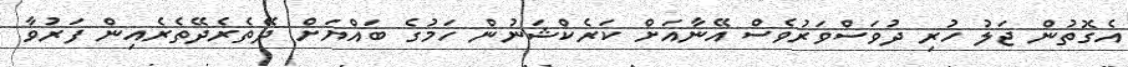
އެގޮތުން ޖަލު ހުރި ދުވަސްވަރުވެސް އޭނާއަށް ކަރެކްޝަނުން ހަމުގެ ބައްޔަށް ދޭތެރެދޭތެރެއިން ފަރުވާ